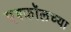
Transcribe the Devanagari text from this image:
एश्कॉलच्या